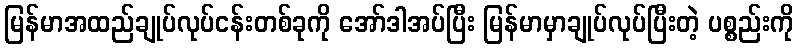
မြန်မာအထည်ချုပ်လုပ်ငန်းတစ်ခုကို အော်ဒါအပ်ပြီး မြန်မာမှာချုပ်လုပ်ပြီးတဲ့ ပစ္စည်းကို